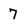
Character: 7